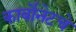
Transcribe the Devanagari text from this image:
कार्बोनेटचे